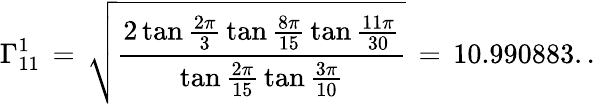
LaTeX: \Gamma_{11}^{1}\, =\, \sqrt{\frac{2\tan\frac{2\pi}{3}\, \tan\frac{8\pi}{15}\, \tan\frac{11\pi}{30}}{\tan\frac{2\pi}{15}\, \tan\frac{3\pi}{10}}}\, =\, 10.990883..